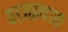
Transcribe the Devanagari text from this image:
वाजल्यास